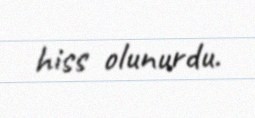
hiss olunurdu.